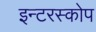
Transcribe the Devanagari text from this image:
इन्टरस्कोप